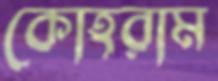
কোহরাম